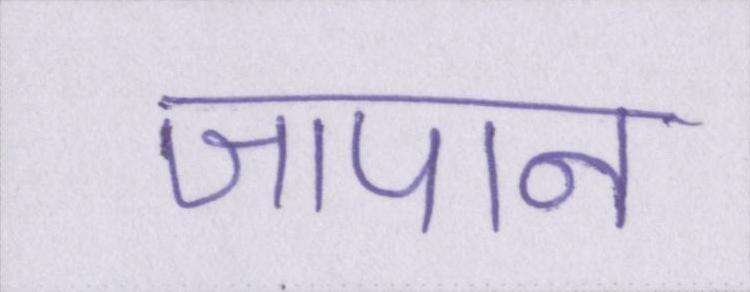
जापान